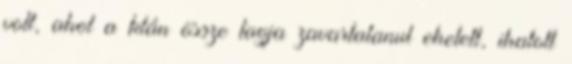
volt, ahol a klán össze tagja zavartalanul ehetett, ihatott